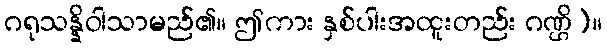
ဂရုသန္နိဝါသာမည်၏။ ဤကား နှစ်ပါးအထူးတည်း ဂဏ္ဌိ)။